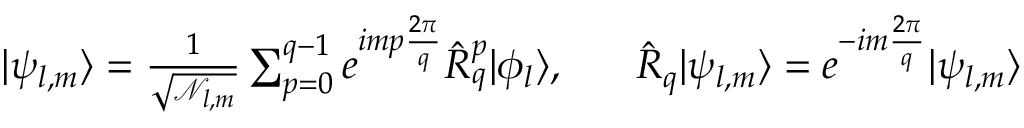
\begin{array} { r } { | \psi _ { l , m } \rangle = \frac { 1 } { \sqrt { \mathcal { N } _ { l , m } } } \sum _ { p = 0 } ^ { q - 1 } e ^ { i m p \frac { 2 \pi } { q } } \hat { R } _ { q } ^ { p } | \phi _ { l } \rangle , \ \ \ \ \ \hat { R } _ { q } | \psi _ { l , m } \rangle = e ^ { - i m \frac { 2 \pi } { q } } | \psi _ { l , m } \rangle } \end{array}